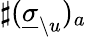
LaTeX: \sharp(\underline{{\sigma}}_{\setminus u})_{a}